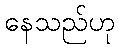
နေသည်ဟု